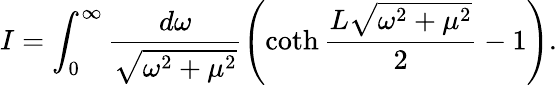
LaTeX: I=\int_{0}^{\infty}\frac{d\omega}{\sqrt{\omega^{2}+\mu^{2}}}\left(\coth\frac{L\sqrt{\omega^{2}+\mu^{2}}}2-1\right).